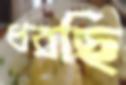
ধরছি